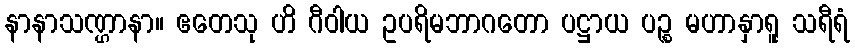
နာနာသဏ္ဌာနာ။ ဧတေသု ဟိ ဂီဝါယ ဥပရိမဘာဂတော ပဋ္ဌာယ ပဉ္စ မဟာနှာရူ သရီရံ